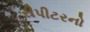
રીપીટરનો